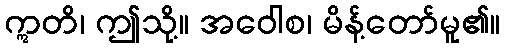
ဣတိ၊ ဤသို့။ အဝေါစ၊ မိန့်တော်မူ၏။